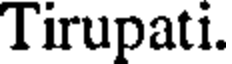
Tirupati.